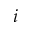
i